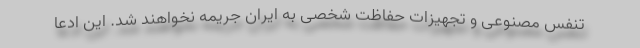
تنفس مصنوعی و تجهیزات حفاظت شخصی به ایران جریمه نخواهند شد. این ادعا